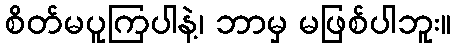
စိတ်မပူကြပါနဲ့၊ ဘာမှ မဖြစ်ပါဘူး။